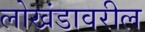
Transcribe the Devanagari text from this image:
लोखंडावरील